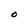
Character: O